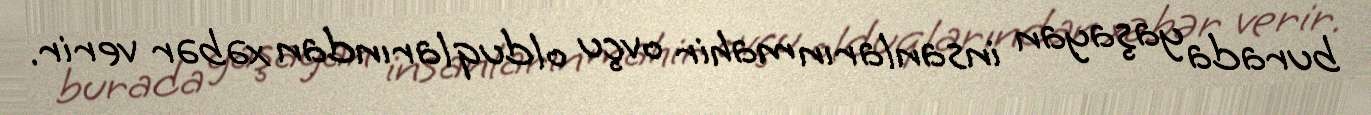
burada yaşayan insanların mahir ovçu olduqlarından xəbər verir.